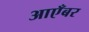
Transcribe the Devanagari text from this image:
आएँबर